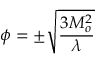
\phi = \pm { \sqrt { { \frac { 3 M _ { o } ^ { 2 } } { \lambda } } } }